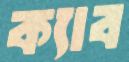
ক্যাব